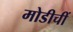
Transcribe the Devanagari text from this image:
मोडीचीं